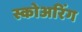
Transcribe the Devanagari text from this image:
स्कोअरिंग